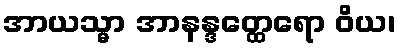
အာယသ္မာ အာနန္ဒတ္ထေရော ဝိယ၊